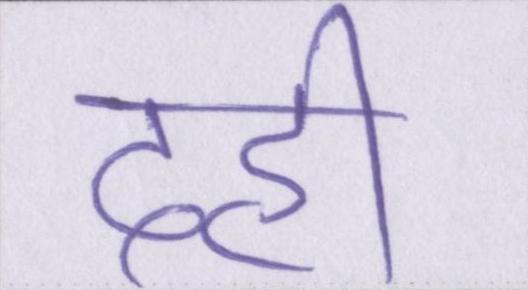
दही